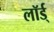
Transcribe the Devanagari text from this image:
लॉर्ड्